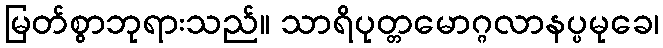
မြတ်စွာဘုရားသည်။ သာရိပုတ္တမောဂ္ဂလာနပ္ပမုခေ၊